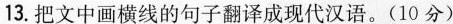
13.把文中画横线的句子翻译成现代汉语。(10分)